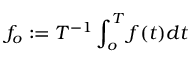
f _ { o } : = T ^ { - 1 } \int _ { o } ^ { T } f ( t ) d t